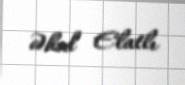
Əhəd Elatlı